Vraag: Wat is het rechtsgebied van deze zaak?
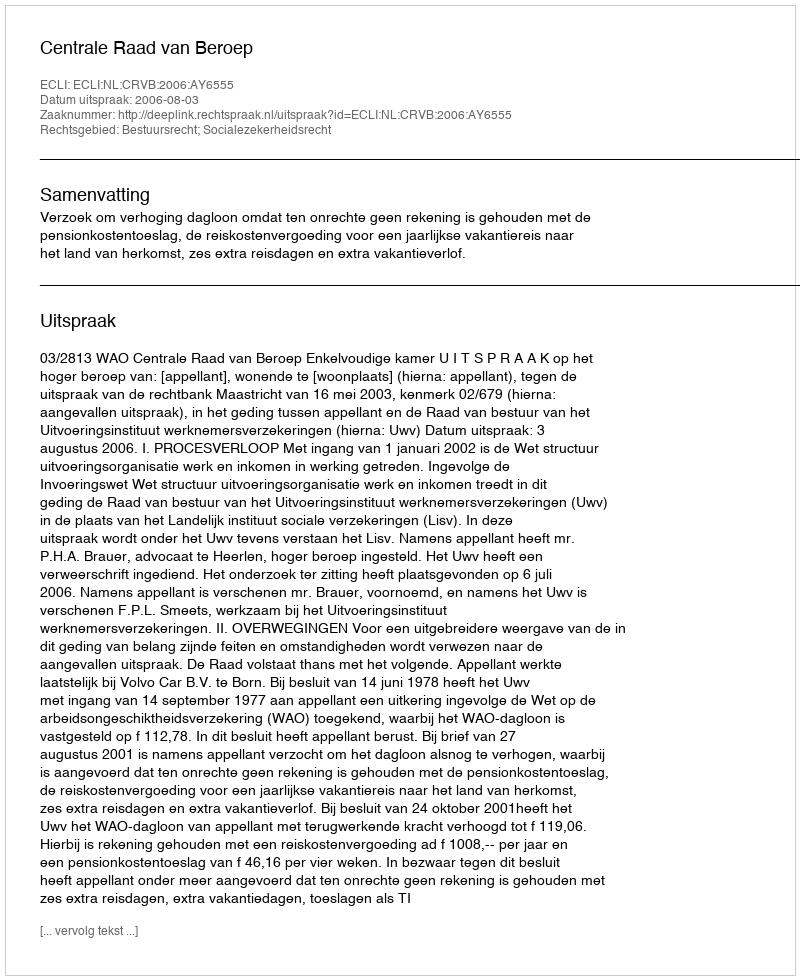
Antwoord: Bestuursrecht; Socialezekerheidsrecht